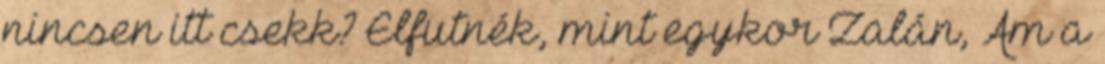
nincsen itt csekk? Elfutnék, mint egykor Zalán, Ám a